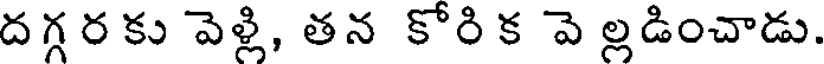
దగ్గ ర కు వెళ్లి, తన కోరి క వె ల్లడించాడు.